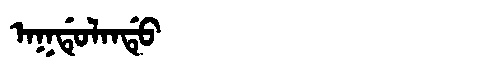
Manchu: ᠠᡴᡩᡠᠯᠠᠨᡩᡠ
Romanization: AKDULANDU